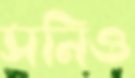
সনিও